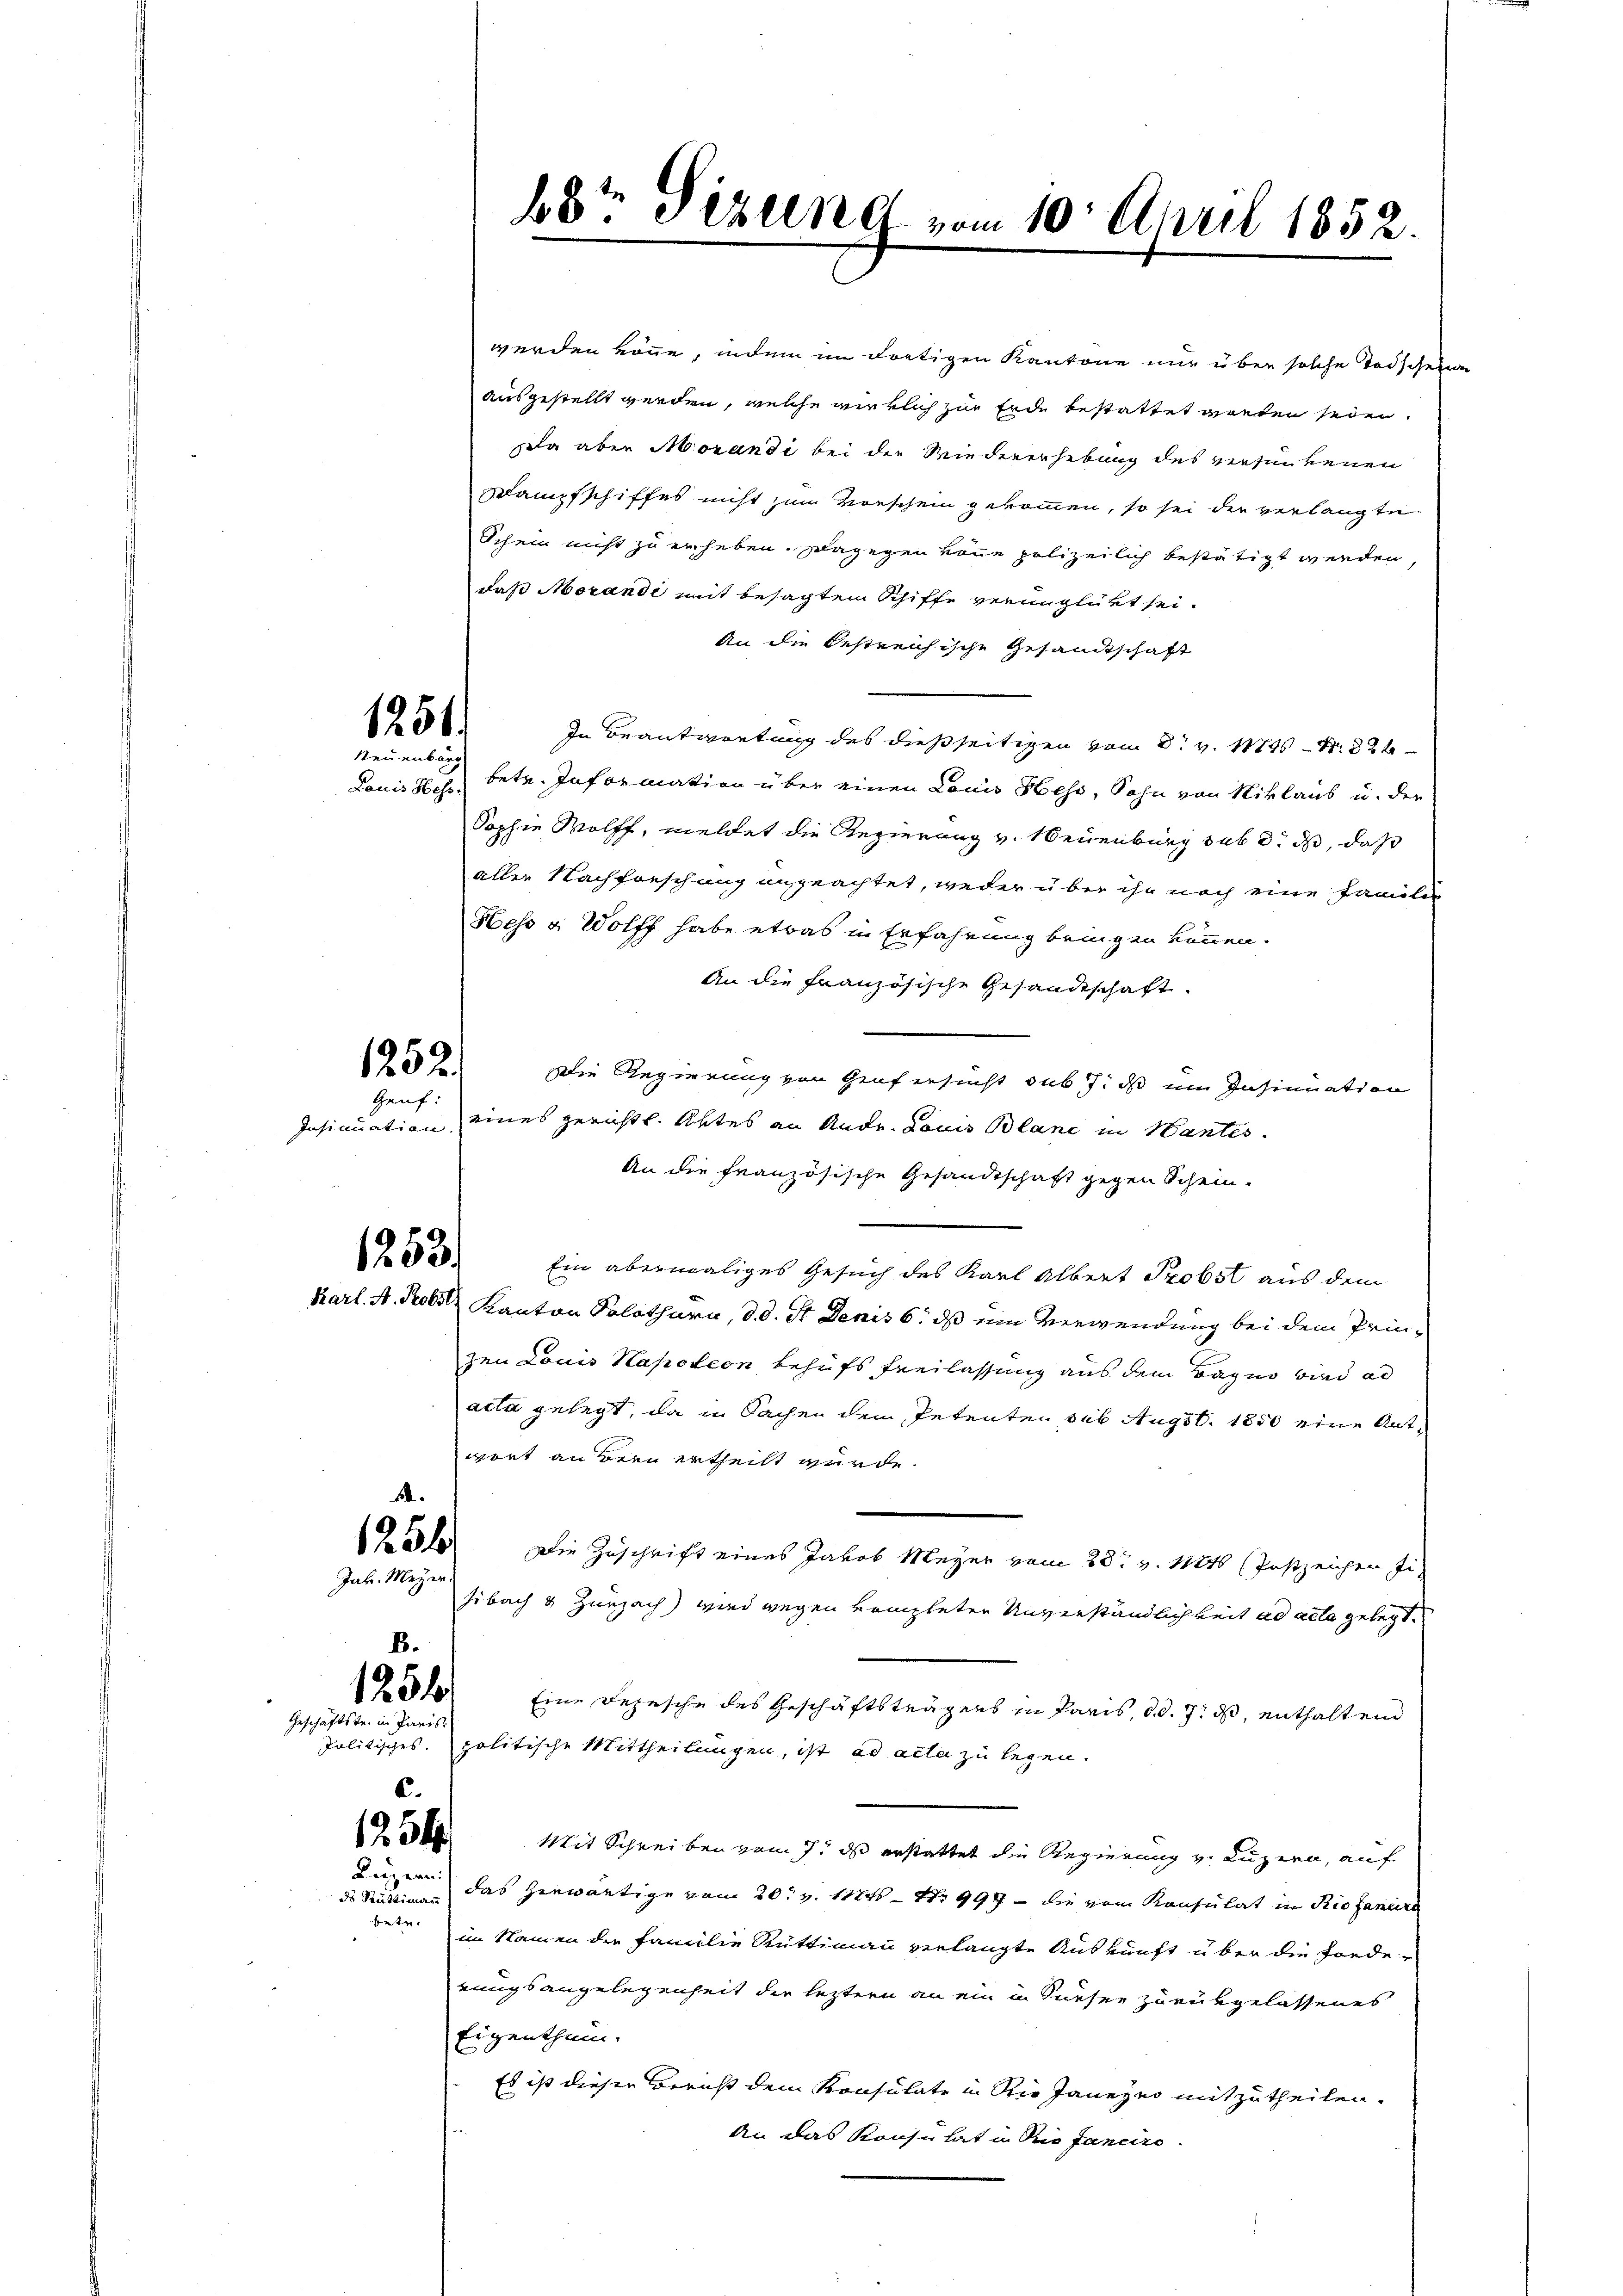
1251.
Neuenburg

1252.
Geuf:

Insinuation.

1253.

.

Jah. Meyer.
B.

125f

Geschäftstr. in Paris.

c.
1254
Luzern:

ds Rüttimann
betr.

werden könne, indem im dortigen Kantone nur über solche Todschein
ausgestellt werden, welche wirklich zur Erde bestattet gereten seien.
la aber Morandi bei der Wiedererhebung des versinkenen
Dampfschiffes nicht zum Vorschein gekommen, so sei der verlangte
Schein nicht zu erheben. Dagegen könne polizeilich bestätigt werden,
daß Morandi mit besagtem Schiffe verunglückt sei.
An die Oestreichische Gesandtschaft
In Beantwortung des dießseitigen von d. v. Mts. S. 24
Louis zu betr. Information über einen Louis Hess, Sohn von Niklaus u. der
Sophie Wolff, meldet die Regierung v. Neuenburg sub d. ds, daß
allen Nachforschung angeachtet, weder über ihr noch eine Famili
Hess u. Wolff habe etwas in Erfahrung bringen können.
An die Französische Gesandtschaft.
Die Regierung von Genf ersucht sub 7. ds ein Insinuation
eines gerichtl. Aktes an Andr. Louis Blanc in Nantes.
An die französische Gesandtschaft gegen Schein.
Ein abermaliges Gesuch des Karl Albert Probst aus dem
karl. A. Probel Kanton Solothurn, d. d. St. Denis 6. ds ein Verwendung bei dem Prinzen Louis Napoleon, behufs freilassung aus dem Begno wird ad
acta gelegt, da in Sachen dem Petenten sub Augst. 1850 eine Antgrit an Bern ertheilt wurde.
 31. Die Zuschrift eines Jakob Meyer vom 28t v. 11246 (Postzeichen Fi-
sibach & Zurzach) wird wegen kompleter Unverständlichkeit ad acta gelegt.
Eine Depesche des Geschäftsträgers in Paris, d. d. 7. ds, enthaltend
Politisches. politische Mittheilungen, ist ad acta zu legen.
Mit Schreiben vom 7. ds erstattet die Regierung v. Luzern, auf
das herwärtige vom 20t v. 112 S. 997 – die vom Konsulat in Riofaniere
im Namen der Familie Rüttimann verlangte Auskunft über die Forderungsangelegenheit der leztern an ein in Sueser zurükgelassenes
Eigenthum.
Es ist dieser Bericht dem Konsulate in die Janezer mitzutheilen.
An das Konsu hat in Profaneiro

68te Sizung vom 10. April 1852.